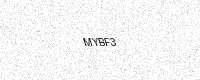
Text: MYBF3